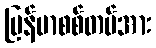
မြန်မာစစ်တပ်အား